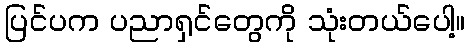
ပြင်ပက ပညာရှင်တွေကို သုံးတယ်ပေါ့။